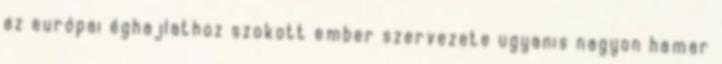
az európai éghajlathoz szokott ember szervezete ugyanis nagyon hamar